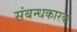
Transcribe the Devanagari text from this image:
संबन्धकारक